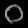
Digit: ၀